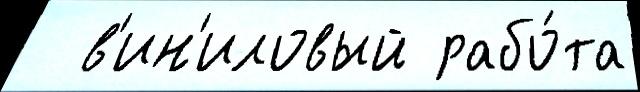
  в'ин'иловый рабо́та